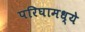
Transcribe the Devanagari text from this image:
परिघामध्ये